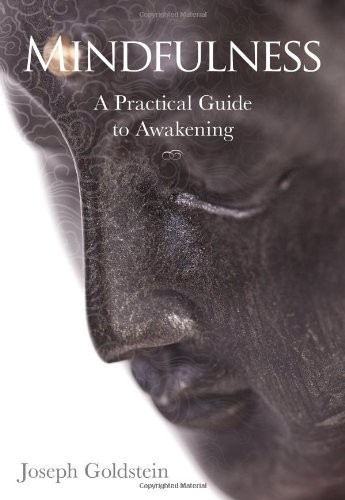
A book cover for Mindfulness: A Practical Guide to Awakening; Joseph Goldstein; Politics & Social Sciences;